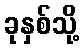
ခုနှစ်သို့